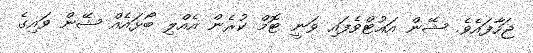
ޖަހާފައެވެ. ޝޭން އައުޓްވެފައި ވަނީ ޓޮމް ކުރެން އެއްލި ބޯޅައެއް ޝޭން ވައިގެ